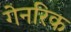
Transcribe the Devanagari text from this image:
गेनरिक